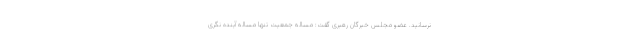
نرسانید. عضو مجلس خبرگان رهبری گفت: مساله جمعیت تنها مساله آینده نگری